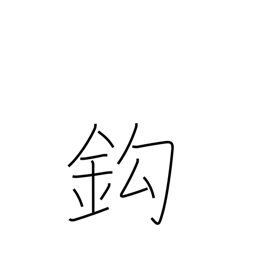
Meaning: hook